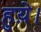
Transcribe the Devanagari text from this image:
हुय़े।